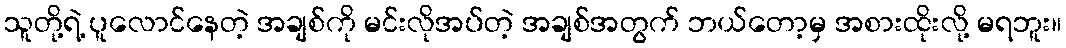
သူတို့ရဲ့ ပူလောင်နေတဲ့ အချစ်ကို မင်းလိုအပ်တဲ့ အချစ်အတွက် ဘယ်တော့မှ အစားထိုးလို့ မရဘူး။